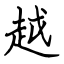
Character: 越